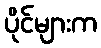
ပိုင်များက